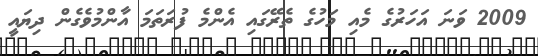
2009 ވަނަ އަހަރުގެ މެއި މަހުގެ ތެރޭގައި އެންމެ ފުރަތަމަ އާންމުވެގެން ދިޔައީ